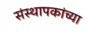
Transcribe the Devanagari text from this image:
संस्थापकांच्या